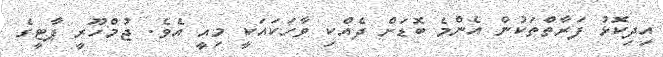
އިދިކޮޅު ފަރާތްތަކުން އެންމެ ބޮޑަށް ދެއްކި ވާހަކައަކީ މިއީ އެވެ. ޖުމްހޫރީ ޕާޓީގެ